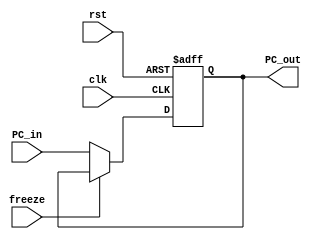
`timescale 1ns/1ns

module PC_Reg
(
  input clk, rst, freeze,
  input [31:0] PC_in,
  output reg [31:0] PC_out
);

  always @(posedge rst, posedge clk) begin
      if (rst)
        PC_out <= 32'b0;
      else if (~freeze)
        PC_out <= PC_in;
  end
  
  
endmodule